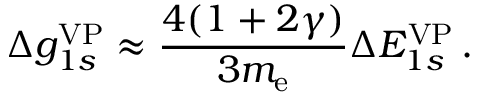
\Delta { g } _ { 1 s } ^ { \mathrm { V P } } \approx \frac { 4 ( 1 + 2 \gamma ) } { 3 m _ { \mathrm { e } } } \Delta { E } _ { 1 s } ^ { \mathrm { V P } } \, .